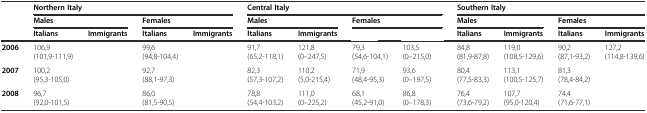
<table><thead><tr><td>[EMPTY_CELL]</td><td colspan="4"><b>Northern Italy</b></td><td colspan="4"><b>Central Italy</b></td><td colspan="4"><b>Southern Italy</b></td></tr><tr><td>[EMPTY_CELL]</td><td colspan="2"><b>Males</b></td><td colspan="2"><b>Females</b></td><td colspan="2"><b>Males</b></td><td colspan="2"><b>Females</b></td><td colspan="2"><b>Males</b></td><td colspan="2"><b>Females</b></td></tr><tr><td>[EMPTY_CELL]</td><td><b>Italians</b></td><td><b>Immigrants</b></td><td><b>Italians</b></td><td><b>Immigrants</b></td><td><b>Italians</b></td><td><b>Immigrants</b></td><td>[EMPTY_CELL]</td><td>[EMPTY_CELL]</td><td><b>Italians</b></td><td><b>Immigrants</b></td><td><b>Italians</b></td><td><b>Immigrants</b></td></tr></thead><tbody><tr><td><b>2006</b></td><td>106,9 (101,9-111,9)</td><td>[EMPTY_CELL]</td><td>99,6 (94,8-104,4)</td><td>[EMPTY_CELL]</td><td>91,7 (65,2-118,1)</td><td>121,8 (0–247,5)</td><td>79,3 (54,6-104,1)</td><td>103,5 (0–215,0)</td><td>84,8 (81,9-87,8)</td><td>119,0 (108,5-129,6)</td><td>90,2 (87,1-93,2)</td><td>127,2 (114,8-139,6)</td></tr><tr><td><b>2007</b></td><td>100,2 (95,3-105,0)</td><td>[EMPTY_CELL]</td><td>92,7 (88,1-97,3)</td><td>[EMPTY_CELL]</td><td>82,3 (57,3-107,2)</td><td>110,2 (5,0-215,4)</td><td>71,9 (48,4-95,3)</td><td>93,6 (0–197,5)</td><td>80,4 (77,5-83,3)</td><td>113,1 (100,5-125,7)</td><td>81,3 (78,4-84,2)</td><td>[EMPTY_CELL]</td></tr><tr><td><b>2008</b></td><td>96,7 (92,0-101,5)</td><td>[EMPTY_CELL]</td><td>86,0 (81,5-90,5)</td><td>[EMPTY_CELL]</td><td>78,8 (54,4-103,2)</td><td>111,0 (0–225,2)</td><td>68,1 (45,2-91,0)</td><td>86,8 (0–178,3)</td><td>76,4 (73,6-79,2)</td><td>107,7 (95,0-120,4)</td><td>74,4 (71,6-77,1)</td><td>[EMPTY_CELL]</td></tr></tbody></table>